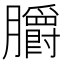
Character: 𦣅